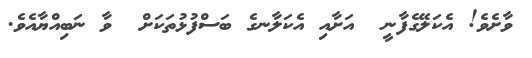
ވާށެވެ! އެކަލޭގެފާނީ  އަށާއި އެކަލާނގެ ބަސްފުޅުތަކަށް  ވާ ނަބިއްޔާއެވެ.